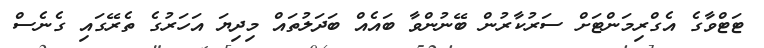
ޓަޓްވާގެ އެގްރިމަންޓަށް ސަރުކާރުން ބޭނުންވާ ބައެއް ބަދަލުތައް މިދިޔަ އަހަރުގެ ތެރޭގައި ގެނެސް